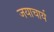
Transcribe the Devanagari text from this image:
जयाचार्य